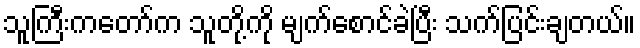
သူကြီးကတော်က သူတို့ကို မျက်စောင်ခဲပြီး သက်ပြင်းချတယ်။